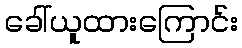
ခေါ်ယူထားကြောင်း